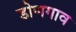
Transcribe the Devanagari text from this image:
डोणगाव